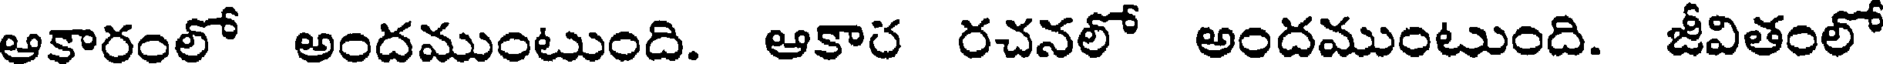
ఆకారంలో అందముంటుంది. ఆకార రచనలో అందముంటుంది. జీవితంలో